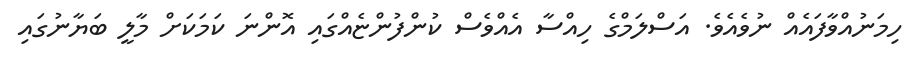
ހިމަނުއްވާފައެއް ނުވެއެވެ. އަސްލަމްގެ ހިއްސާ އެއްވެސް ކުންފުންޏެއްގައި އޮންނަ ކަމަކަށް މާލީ ބަޔާނުގައި